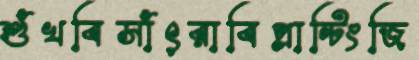
শুঁখবিসাঁৎরাবিপ্লান্টিংজি